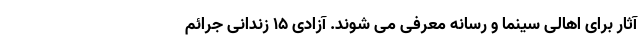
آثار برای اهالی سینما و رسانه معرفی می شوند. آزادی ۱۵ زندانی جرائم